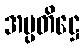
အပ္ပတိဋ္ဌေ